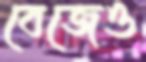
বেজেও